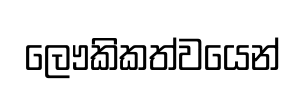
ලෞකිකත්වයෙන්